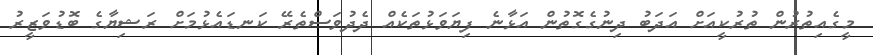
މީގެއިތުރުން ތުރުކީއަށް އަދަބު ދިނުގެގޮތުން އަޅާނެ ފިޔަވަޅުތަކެއް ދެދުވަސްތެރޭ ކަނޑައެޅުމަށް ރަޝިޔާގެ ބޮޑުވަޒީރު